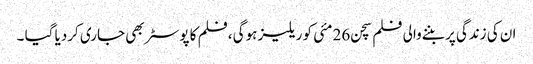
ان کی زندگی پر بننےوالی فلم سچن 26مئی کو ریلیز ہوگی ،فلم کا پوسٹر بھی جاری کردیا گیا ۔